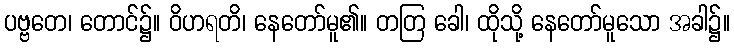
ပဗ္ဗတေ၊ တောင်၌။ ဝိဟရတိ၊ နေတော်မူ၏။ တတြ ခေါ၊ ထိုသို့ နေတော်မူသော အခါ၌။